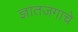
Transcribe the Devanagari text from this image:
ज्ञातजगाचे